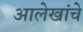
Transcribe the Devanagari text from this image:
आलेखांचे